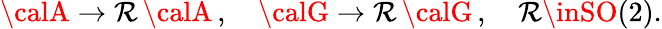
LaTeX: {\calA}\rightarrow\mathcal{R}\, {\calA}\, ,\quad{\calG}\rightarrow\mathcal{R}\, {\calG}\, ,\quad\mathcal{R}\inSO(2).